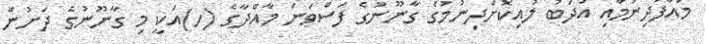
މައާފުދިނުމާއި އަދަބު ލުއިކޮށްދިނުމުގެ ގާނޫނުގެ ފަސްވަނަ މާއްދާގެ (ހ)އަކީ މި ގާނޫނުގެ ދަށުން